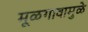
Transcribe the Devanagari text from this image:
मूळगावामुळे